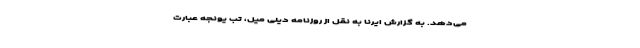
می‌دهد. به گزارش ایرنا به نقل از روزنامه دیلی میل، تب یونجه عبارت‌